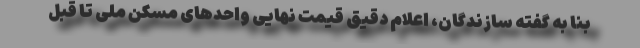
بنا به گفته سازندگان، اعلام دقیق قیمت نهایی واحدهای مسکن ملی تا قبل